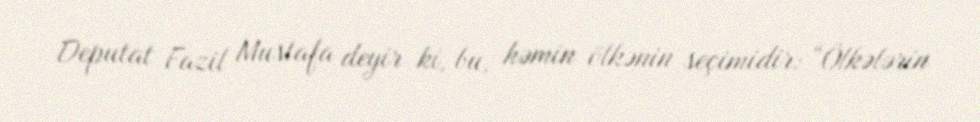
Deputat Fazil Mustafa deyir ki, bu, həmin ölkənin seçimidir: “Ölkələrin